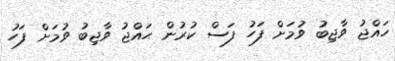
ހައްޖު ވާޖިބު ވުމަށް ފަހު ފަސް ކުރުން ޙައްޖު ވާޖިބު ވުމަށް ފަހު